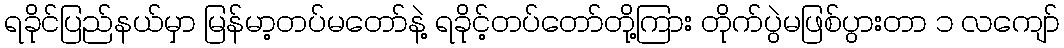
ရခိုင်ပြည်နယ်မှာ မြန်မာ့တပ်မတော်နဲ့ ရခိုင့်တပ်တော်တို့ကြား တိုက်ပွဲမဖြစ်ပွားတာ ၁ လကျော်